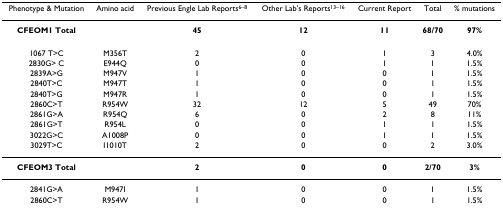
| Phenotype & Mutation | Amino acid | Previous Engle Lab Reports6–8 | Other Lab's Reports13–16 | Current Report | Total | % mutations |
 | --- | --- | --- | --- | --- | --- | --- |
 | CFEOM1 Total |  | 45 | 12 | 11 | 68/70 | 97% |
 | 1067 T>C | M356T | 2 | 0 | 1 | 3 | 4.0% |
 | 2830G> C | E944Q | 0 | 0 | 1 | 1 | 1.5% |
 | 2839A>G | M947V | 1 | 0 | 0 | 1 | 1.5% |
 | 2840T>C | M947T | 1 | 0 | 0 | 1 | 1.5% |
 | 2840T>G | M947R | 1 | 0 | 0 | 1 | 1.5% |
 | 2860C>T | R954W | 32 | 12 | 5 | 49 | 70% |
 | 2861G>A | R954Q | 6 | 0 | 2 | 8 | 11% |
 | 2861G>T | R954L | 0 | 0 | 1 | 1 | 1.5% |
 | 3022G>C | A1008P | 0 | 0 | 1 | 1 | 1.5% |
 | 3029T>C | I1010T | 2 | 0 | 0 | 2 | 3.0% |
 | CFEOM3 Total |  | 2 | 0 | 0 | 2/70 | 3% |
 | 2841G>A | M947I | 1 | 0 | 0 | 1 | 1.5% |
 | 2860C>T | R954W | 1 | 0 | 0 | 1 | 1.5% |